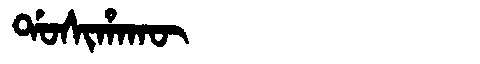
Manchu: ᡩᠣᠰᡳᡥᠠᡴᡡ
Romanization: DOSIHAKŪ